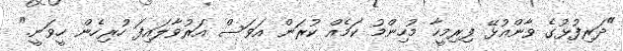
"ދަރިފުޅުގެ ވާންއުޅޭ ފިރިމީހާ މުހިންމު ކަމެއް ކުރަން އަވަސް އަރުވާލައިފަ ހުރިހެން ހީވަނީ."